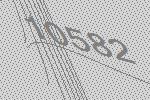
10582